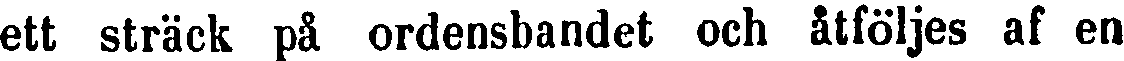
ett sträck på ordensbandet och åtföljes af en